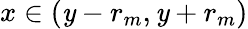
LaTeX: x\in(\mathit{y}-r_{m},\mathit{y}+r_{m})